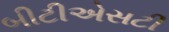
બીટીએસટી